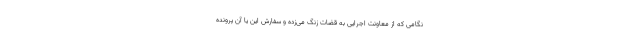
نگامی که از معاونت اجرایی به قضات زنگ می‌زده و سفارش این یا آن پرونده